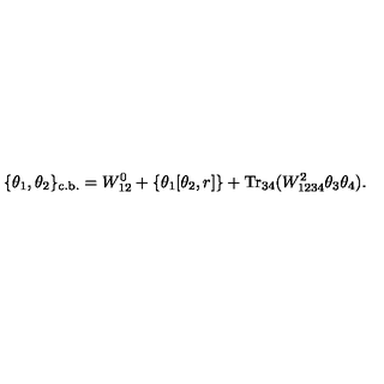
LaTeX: \{ \theta _ { 1 } , \theta _ { 2 } \} _ { \mathrm { c . b . } } = W _ { 1 2 } ^ { 0 } + \left\{ \theta _ { 1 } [ \theta _ { 2 } , r ] \right\} + \mathrm { T r } _ { 3 4 } ( W _ { 1 2 3 4 } ^ { 2 } \theta _ { 3 } \theta _ { 4 } ) .